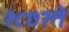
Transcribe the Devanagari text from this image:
१८७२ते